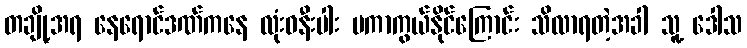
တချို့အရ နေရောင်ဒဏ်ကနေ လုံးဝနီးပါး မကာကွယ်နိုင်ကြောင်း သိလာရတဲ့အခါ သူ့ ဒေါသ